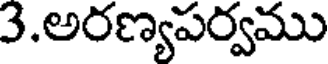
3.అరణ్యపర్వము